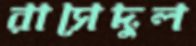
রাসেদুল